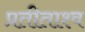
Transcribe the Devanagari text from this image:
प्रतीताश्व